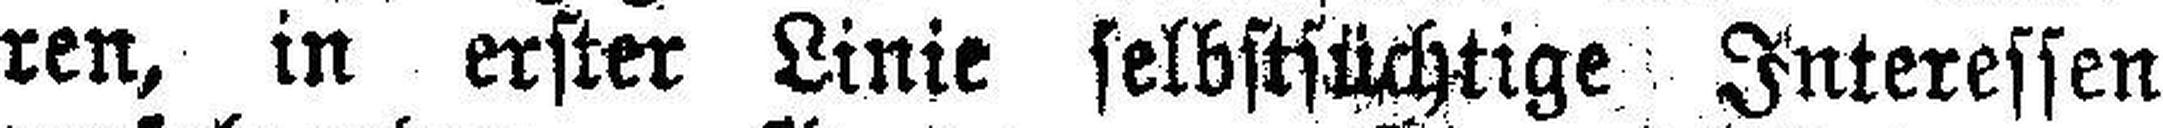
ren, in erster Linie selbstsüchtige Interessen